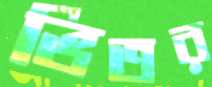
ভিতর